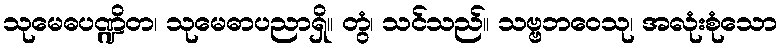
သုမေဓပဏ္ဍိတ၊ သုမေဓာပညာရှိ။ တွံ၊ သင်သည်။ သဗ္ဗဘဝေသု၊ အလုံးစုံသော